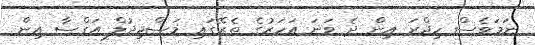
ނަމަވެސް ހިޖްރަ އިން ދެ ވަނަ އަހަރުގެ ތެރޭގައި މަސްޖިދުލް އަގްސާ އިން